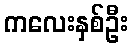
ကလေးနှစ်ဦး